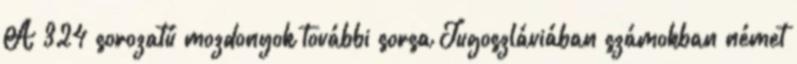
A 324 sorozatú mozdonyok további sorsa Jugoszláviában számokban német